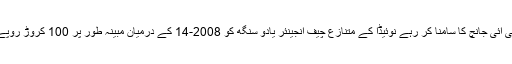
نئی دہلی : بدعنوانی کے الزام میں سی بی آئی جانچ کا سامنا کر رہے نوئیڈا کے متنازع چیف انجینئر یادو سنگھ کو 2008-14 کے درمیان مبینہ طور پر 100 کروڑ روپے 'گمنام کمیشن کے طور پر ملے تھے۔